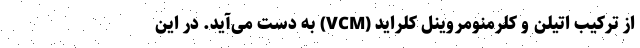
از ترکیب اتیلن و کلرمنومروینل کلراید (VCM) به دست می‌آید. در این